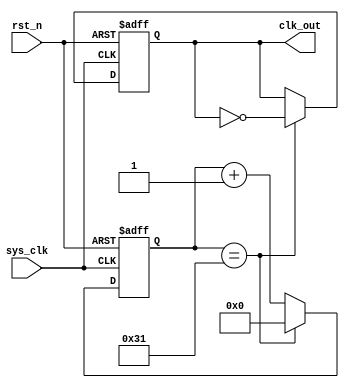
module clk #(parameter DIV_N = 7'd100)
(
  input sys_clk,
  input rst_n,
  
  output reg clk_out

);

reg [9 : 0]cnt;


//
always @(posedge sys_clk or negedge rst_n) begin
    if(rst_n == 1'b0) begin
        cnt     <= 0;
        clk_out <= 0;
    end
    else begin
        if(cnt == DIV_N/2 - 1'b1) begin
            cnt     <= 10'd0;
            clk_out <= ~clk_out;
        end
        else
            cnt <= cnt + 1'b1;
    end
end


endmodule